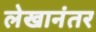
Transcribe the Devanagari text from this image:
लेखानंतर